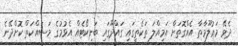
ދެވޭ މަޢުލޫމާތާ އެއްގޮތަށް އަމިއްލަ ތަކެތީގައި ގައްދޫގައި ބަށިކޯޓެއް އެޅުމުގެ މަސައްކަތް ކޮށްދޭނެ